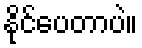
နိုင်ပေတာပဲ။